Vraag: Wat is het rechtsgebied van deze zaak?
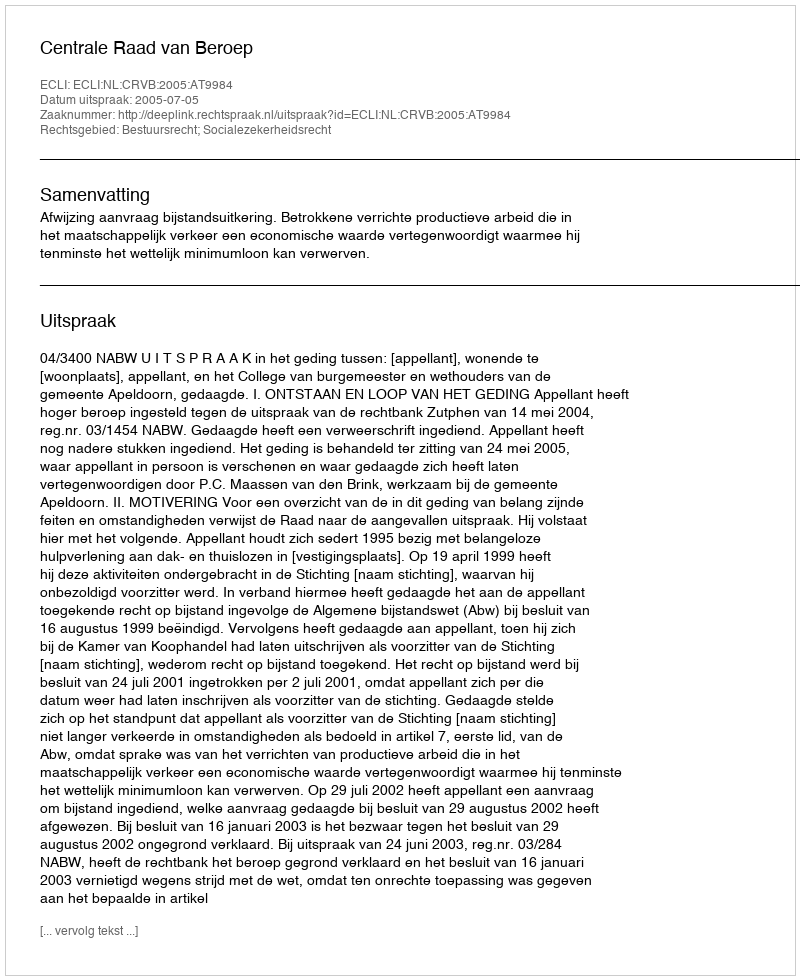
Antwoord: Bestuursrecht; Socialezekerheidsrecht